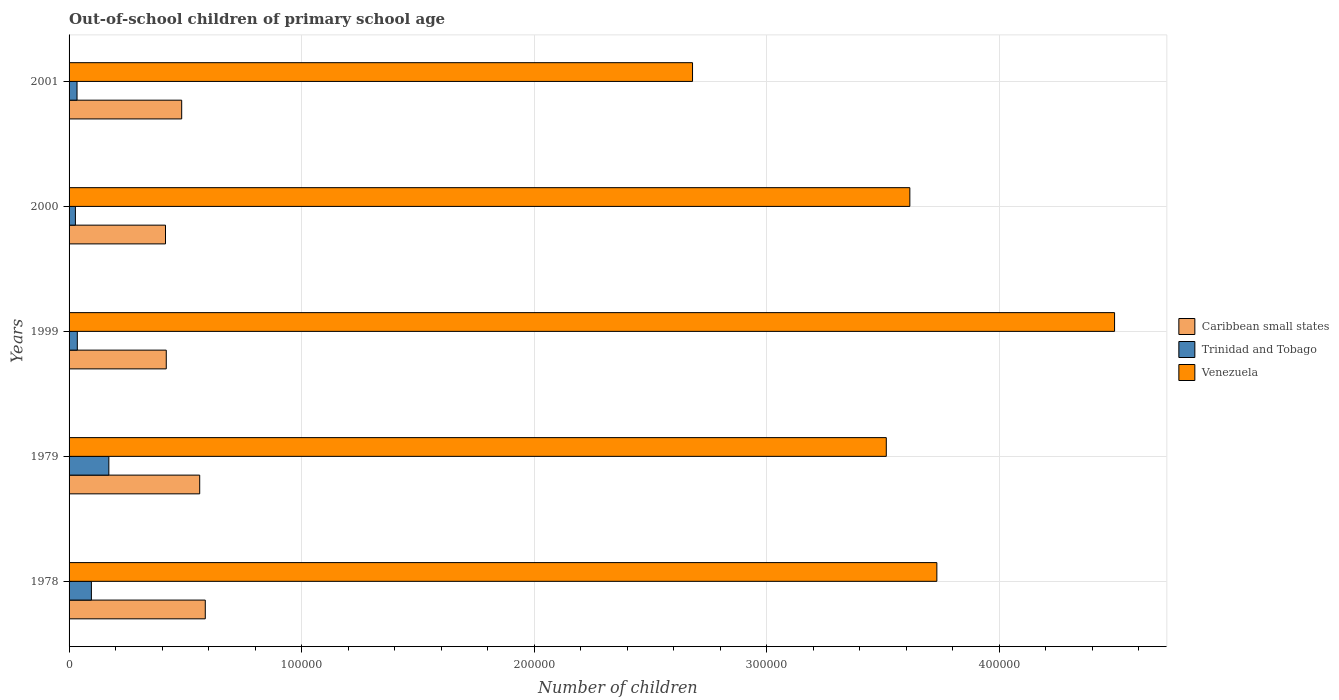
| Years | Caribbean small states | Trinidad and Tobago | Venezuela |
 | --- | --- | --- | --- |
 | 1978 | 5.86e+04 | 9.6e+03 | 3.73e+05 |
 | 1979 | 5.62e+04 | 1.71e+04 | 3.51e+05 |
 | 1999 | 4.18e+04 | 3.54e+03 | 4.5e+05 |
 | 2000 | 4.15e+04 | 2.72e+03 | 3.62e+05 |
 | 2001 | 4.84e+04 | 3.42e+03 | 2.68e+05 |